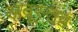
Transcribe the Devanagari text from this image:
अब्रूस्तव